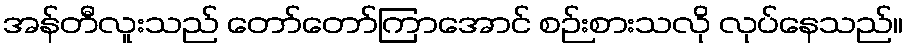
အန်တီလူးသည် တော်တော်ကြာအောင် စဉ်းစားသလို လုပ်နေသည်။